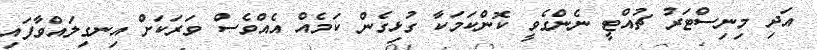
އަދި މިނިސްޓަރު ޗުއްޓީ ނެންގެވީ ކޮންކަމަކާ ގުޅިގެން ކަމެއް އެއްވެސް ވަރަކަށް އިނގިލައްވާފައި